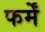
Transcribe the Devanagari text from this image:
फर्में